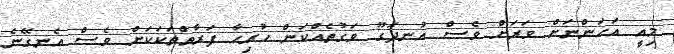
މިއީ އަހަންނަށް ވަރަށް ވެސް އުނދަގޫ ވަގުތެއްކަން ހުރިހާ ފަރާތްތަކަކަށް ވެސް އެނގޭނެ